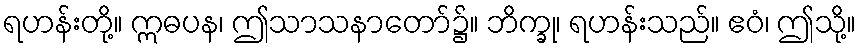
ရဟန်းတို့။ ဣဓပန၊ ဤသာသနာတော်၌။ ဘိက္ခု၊ ရဟန်းသည်။ ဧဝံ၊ ဤသို့။